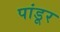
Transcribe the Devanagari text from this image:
पांडूर